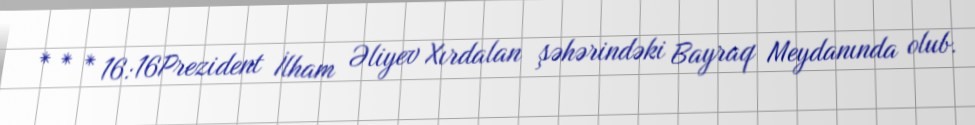
* * * 16:16Prezident İlham Əliyev Xırdalan şəhərindəki Bayraq Meydanında olub.